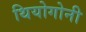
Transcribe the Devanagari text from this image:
थियोगोनी